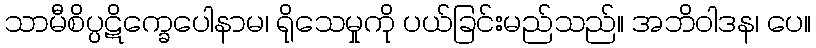
သာမီစိပ္ပဋိက္ခေပေါနာမ၊ ရိုသေမှုကို ပယ်ခြင်းမည်သည်။ အဘိဝါဒန၊ ပေ။